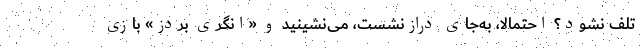
تلف نشود؟ احتمالاً، به‌جای درازنشست، می‌نشینید و «انگری بردز» بازی